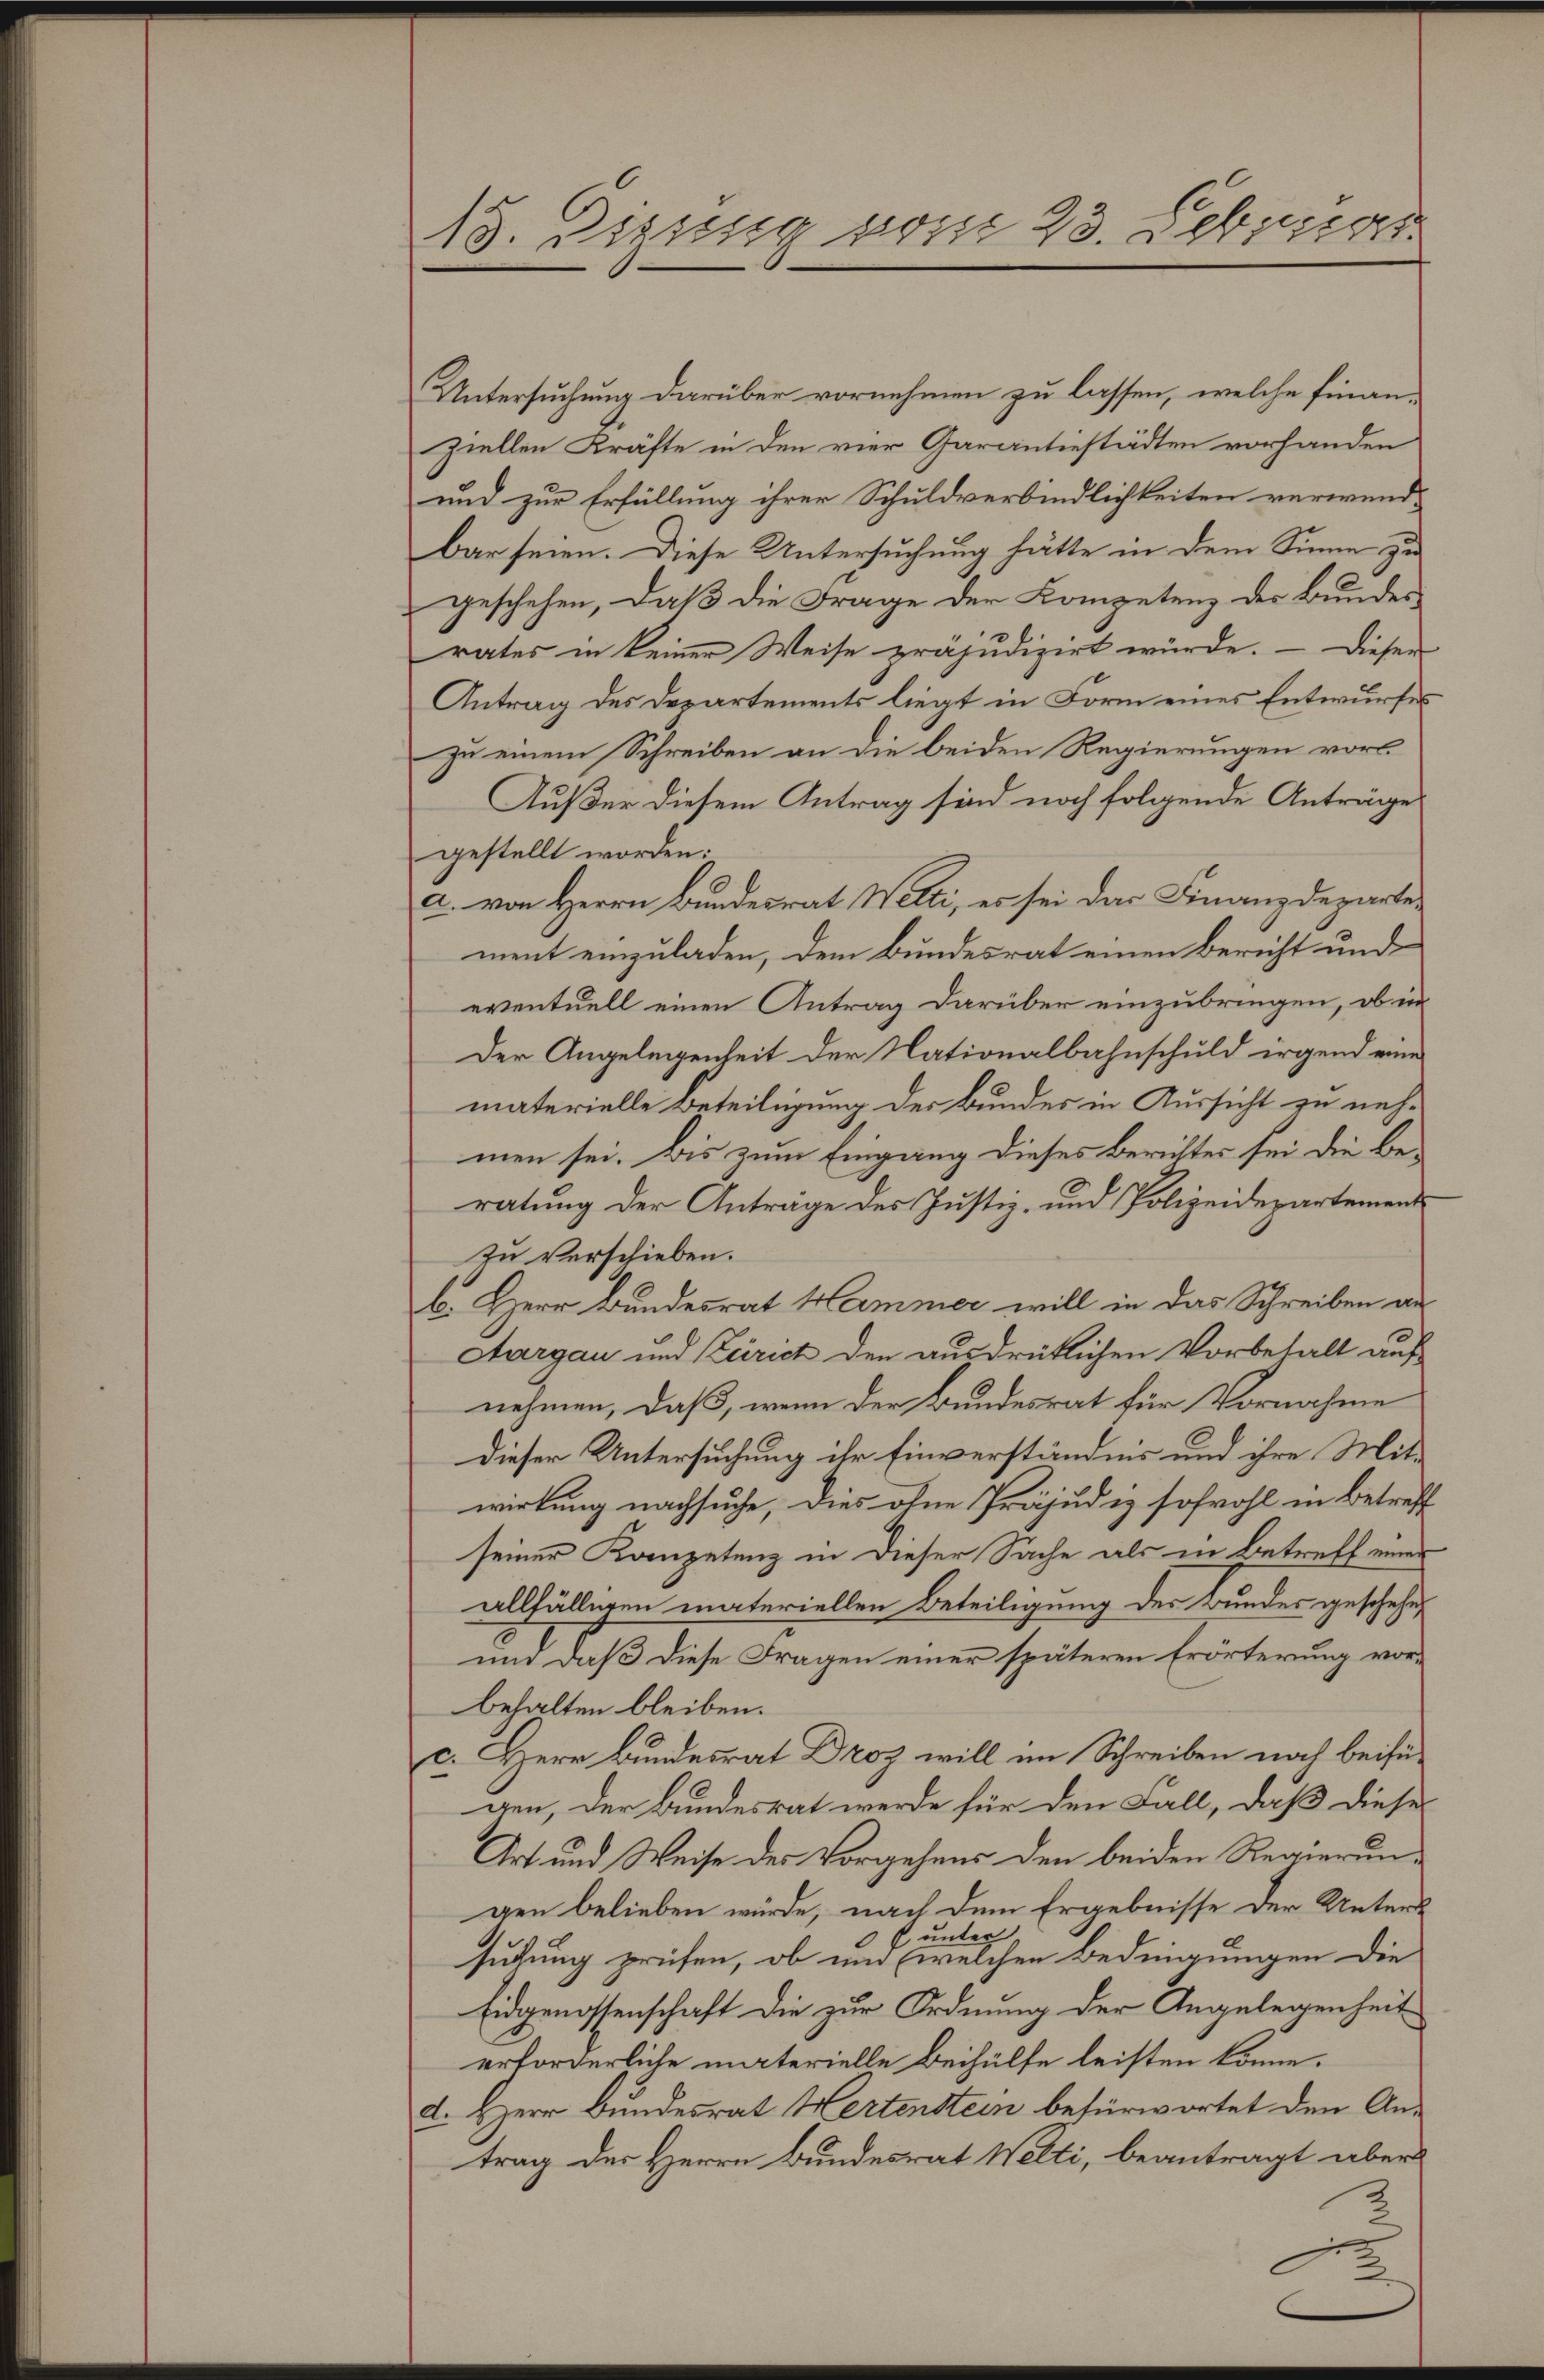
15. Regung vom 23. Lebrig

Untersuchung darüber vornehmen zu lassen, welche finanziellen Kräfte in den vier Garantiestädten vorhanden
und zur Erfüllung ihrer Schuldverbindlichkeiten verwend-
bar seien. Diese Untersuchung hätte in dem Sinne zu
geschehen, daß die Frage der Kompetenz der Bundes
rates in keiner Weise präjudizirt würde. — Dieser
Antrag des Departements liegt in Form eines Entwurfes
zu einem Schreiben an die beiden Regierungen vorl
Außer diesem Antrag sind noch folgende Anträge
gestellt worden:
a. von Herrn Bundesrat Welti, es sei das Finanzdepartement einzuladen, dem Bundesrat einen Bericht und
eventuell einen Antrag darüber einzubringen, ob in
Der Angelegenheit der Nationalbahnschuld irgend eine
materielle Beteiligung der Bundes in Aussicht zu nehmen sei. Bis zum Eingang dieses Berichtes sei die Beratung der Anträge des Justiz- und Polizeidepartements
zu verschieben.
b. Herr Bundesrat Hammer will in das Schreiben an
Aargau und Zürich den ausdrüklichen Vorbehalt auf
nehmen, daß, wenn der Bundesrat für Vornahme
Dieser Untersuchung ihr Einverständnis und ihre Mit-
wirkung nachsuche, dies ohne Präjudiz sowohl in Betreff
seiner Kompetenz in dieser Sache als in Betreff einer
allfälleren materiellen Beteiligung des Bundes geschehen
und daß diese Fragen einer späteren Erörterung vorbehalten bleiben.
c. Herr Bundesrat Droz will im Schreiben noch beifügen, der Bundesrat werde für den Fall, daß dieses
Art und Weise des Vorgehens den beiden Regierungen belieben würde, nach dem Ergebnisse der Unters
unter
suchung prüfen, ob und welchen Bedingungen die
Eidgenossenschaft die zur Ordnung der Angelegenheit
erforderliche materielle Beihülfe leisten könne.
d. Herr Bundesrat Hertenstein befürwortet den An-
trag des Herrn Bundesrat Welti, beantragt aber